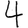
Digit: 4